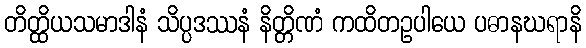
တိတ္ထိယသမာဒါနံ သိပ္ပဒဿနံ နိတ္တိဏံ ကထိတဥပါယေ ပဓာနဃရာနိ